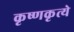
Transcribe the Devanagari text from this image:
कृष्णकृत्ये